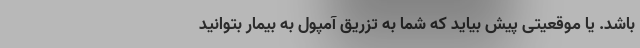
باشد. یا موقعیتی پیش بیاید که شما به تزریق آمپول به بیمار بتوانید